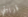
قريبتي